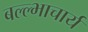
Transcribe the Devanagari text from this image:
बल्ल्भाचार्य